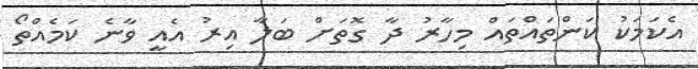
އެކަމަކު ކަންތައްތައް މިހާރު ދާ ގޮތަށް ބަލާ އިރު އެއީ ވާނެ ކަމެއްތޯ